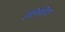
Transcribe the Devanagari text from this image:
ऍलिशिया